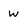
Character: w